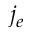
j _ { e }